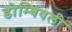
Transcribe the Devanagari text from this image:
डोम्बिवली